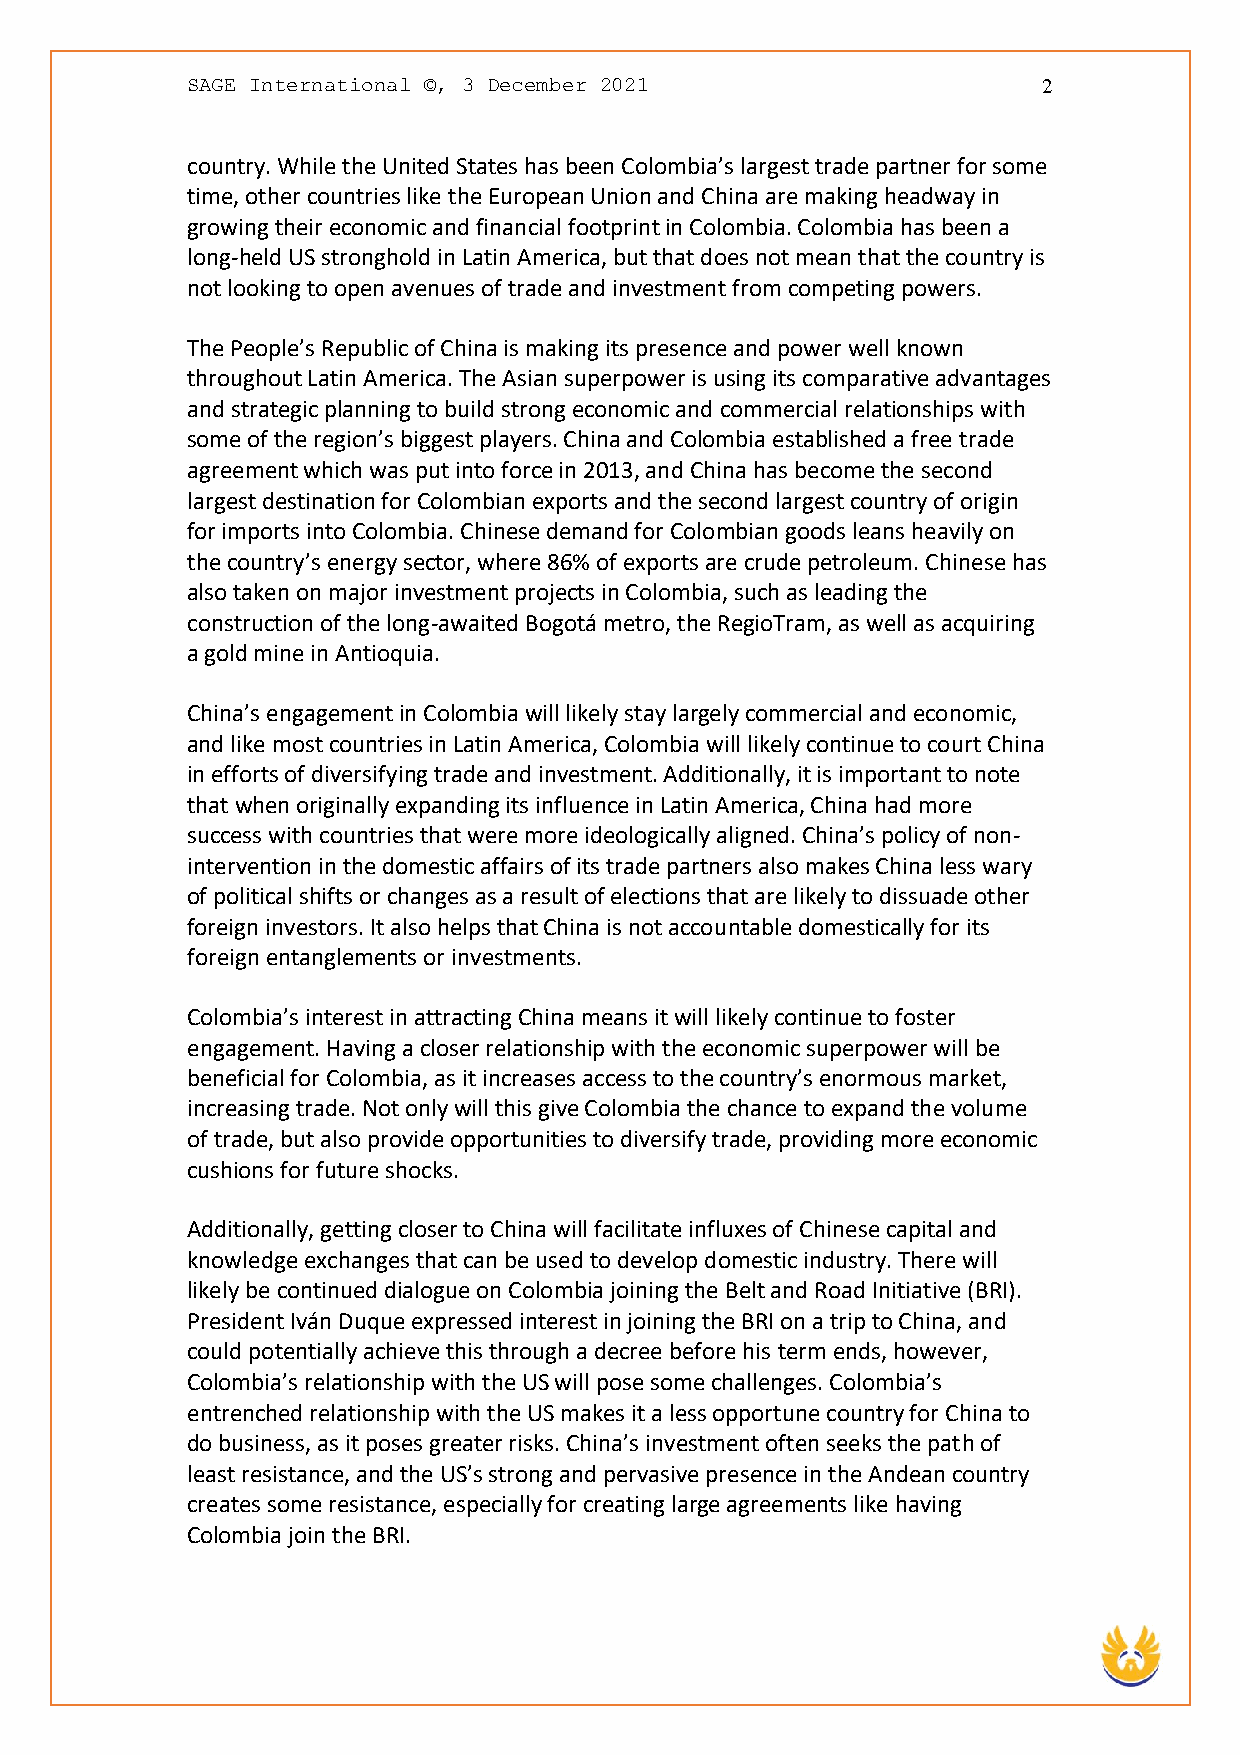
SAGE International ©, 3 December 2021                    2
 country. While the United States has been Colombia’s largest trade partner for some
 time, other countries like the European Union and China are making headway in
 growing their economic and financial footprint in Colombia. Colombia has been a
 long-held US stronghold in Latin America, but that does not mean that the country is
 not looking to open avenues of trade and investment from competing powers.
 The People’s Republic of China is making its presence and power well known
 throughout Latin America. The Asian superpower is using its comparative advantages
 and strategic planning to build strong economic and commercial relationships with
 some of the region’s biggest players. China and Colombia established a free trade
 agreement which was put into force in 2013, and China has become the second
 largest destination for Colombian exports and the second largest country of origin
 for imports into Colombia. Chinese demand for Colombian goods leans heavily on
 the country’s energy sector, where 86% of exports are crude petroleum. Chinese has
 also taken on major investment projects in Colombia, such as leading the
 construction of the long-awaited Bogotá metro, the RegioTram, as well as acquiring
 a gold mine in Antioquia.
 China’s engagement in Colombia will likely stay largely commercial and economic,
 and like most countries in Latin America, Colombia will likely continue to court China
 in efforts of diversifying trade and investment. Additionally, it is important to note
 that when originally expanding its influence in Latin America, China had more
 success with countries that were more ideologically aligned. China’s policy of non-
 intervention in the domestic affairs of its trade partners also makes China less wary
 of political shifts or changes as a result of elections that are likely to dissuade other
 foreign investors. It also helps that China is not accountable domestically for its
 foreign entanglements or investments.
 Colombia’s interest in attracting China means it will likely continue to foster
 engagement. Having a closer relationship with the economic superpower will be
 beneficial for Colombia, as it increases access to the country’s enormous market,
 increasing trade. Not only will this give Colombia the chance to expand the volume
 of trade, but also provide opportunities to diversify trade, providing more economic
 cushions for future shocks.
 Additionally, getting closer to China will facilitate influxes of Chinese capital and
 knowledge exchanges that can be used to develop domestic industry. There will
 likely be continued dialogue on Colombia joining the Belt and Road Initiative (BRI).
 President Iván Duque expressed interest in joining the BRI on a trip to China, and
 could potentially achieve this through a decree before his term ends, however,
 Colombia’s relationship with the US will pose some challenges. Colombia’s
 entrenched relationship with the US makes it a less opportune country for China to
 do business, as it poses greater risks. China’s investment often seeks the path of
 least resistance, and the US’s strong and pervasive presence in the Andean country
 creates some resistance, especially for creating large agreements like having
 Colombia join the BRI.